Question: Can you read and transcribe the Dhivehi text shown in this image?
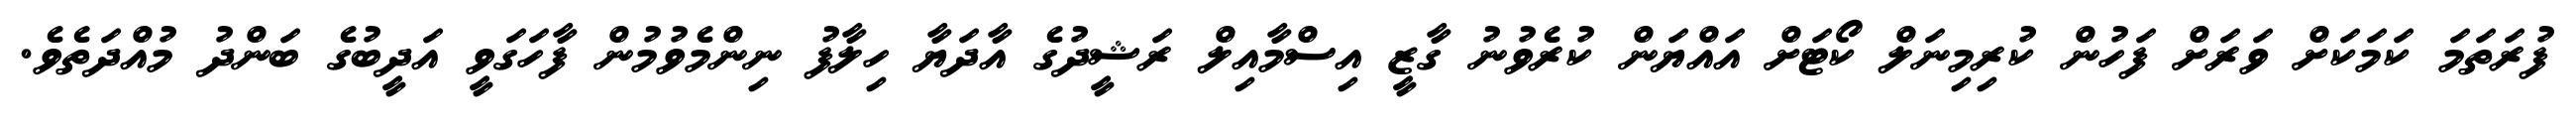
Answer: ފުރަތަމަ ކަމަކަށް ވަރަށް ފަހުން ކުރިމިނަލް ކޯޓަށް އައްޔަން ކުރެވުނު ގާޒީ އިސްމާއިލް ރަޝީދުގެ އާދަޔާ ހިލާފު ނިންމެވުމުން ފާހަގަވީ އަދީބުގެ ބަންދު މުއްދަތެވެ.